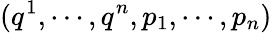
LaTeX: (q^{1},\cdots,q^{n},p_{1},\cdots,p_{n})